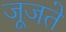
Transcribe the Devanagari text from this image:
जूजते